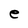
Character: e